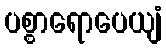
ပစ္စာရောပေယျံ